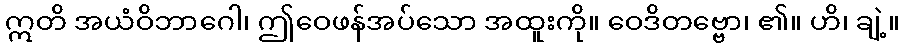
ဣတိ အယံဝိဘာဂေါ၊ ဤဝေဖန်အပ်သော အထူးကို။ ဝေဒိတဗ္ဗော၊ ၏။ ဟိ၊ ချဲ့။